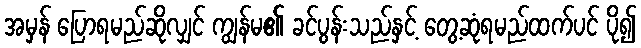
အမှန် ပြောရမည်ဆိုလျှင် ကျွန်မ၏ ခင်ပွန်းသည်နှင့် တွေ့ဆုံရမည်ထက်ပင် ပို၍